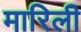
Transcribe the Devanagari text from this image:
मारिली